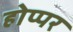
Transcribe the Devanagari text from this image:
होप्पर